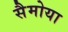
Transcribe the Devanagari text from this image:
सैमोया